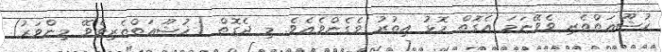
ޚުޝޫޢަތްތެރި ވެވޭނަމަ އެގޮތް މޮޅު އިތުރު ވެގެންވެއެވެ. މި ދެގޮތް (ޚުޝޫޢަތްތެރިވެވޭ މިންވަރު)